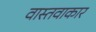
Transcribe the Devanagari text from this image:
वास्तवाकार